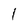
Character: 1